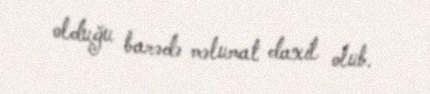
olduğu barədə məlumat daxil olub.